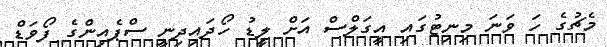
މެޗުގެ ހަ ވަނަ މިިނިޓުގައި އީގަލްސް އަށް ލީޑު ހޯދައިދިނީ ސްޕެއިންގެ ފޯވަޑް